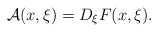
\begin{align*}\mathcal{A}(x,\xi)= D_{\xi}F(x,\xi). \end{align*}